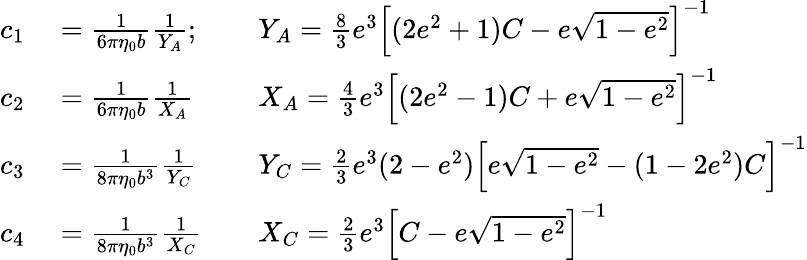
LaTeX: \begin{array}{rlrl}{c_{1}}&{{}=\frac{1}{6\pi\eta_{0}b}\frac{1}{Y_{A}};}&{}&{{}Y_{A}=\frac{8}{3}e^{3}\left[(2e^{2}+1)C-e\sqrt{1-e^{2}}\right]^{-1}}\\ {c_{2}}&{{}=\frac{1}{6\pi\eta_{0}b}\frac{1}{X_{A}}}&{}&{{}X_{A}=\frac{4}{3}e^{3}\left[(2e^{2}-1)C+e\sqrt{1-e^{2}}\right]^{-1}}\\ {c_{3}}&{{}=\frac{1}{8\pi\eta_{0}b^{3}}\frac{1}{Y_{C}}}&{}&{{}Y_{C}=\frac{2}{3}e^{3}(2-e^{2})\left[e\sqrt{1-e^{2}}-(1-2e^{2})C\right]^{-1}}\\ {c_{4}}&{{}=\frac{1}{8\pi\eta_{0}b^{3}}\frac{1}{X_{C}}}&{}&{{}X_{C}=\frac{2}{3}e^{3}\left[C-e\sqrt{1-e^{2}}\right]^{-1}}\end{array}